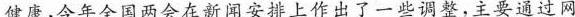
健康，今年全国两会在新闻安排上作出了一些调整，主要通过网